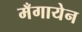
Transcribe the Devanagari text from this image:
मँगायेन